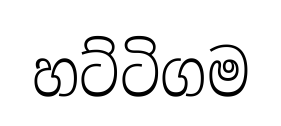
හට්ටිගම